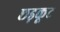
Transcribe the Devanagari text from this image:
छड़कूट